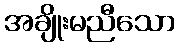
အချိုးမညီသော